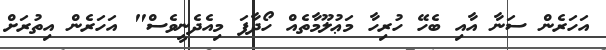
އަހަރެން ސަނާ އާއި ބެހޭ ހުރިހާ މަޢުލޫމާތެއް ހޯދާފަ މިއެދެނީވެސް" އަހަރެން އިތުރަށް